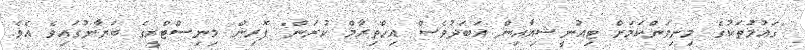
"ގައުމުތަކުގެ މިނިވަންކަމަށް ޓިއުނީޝިއާއިން އަބަދުވެސް އިހްތިރާމް ކުރަން" ފޮރިން މިނިސްޓްރީގެ ބަޔާނުގައިވެ އެވެ.